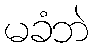
မခံဘဲ